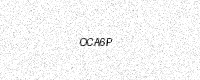
Text: OCA6P